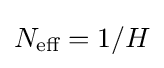
N_{\text{eff}}=1/H